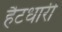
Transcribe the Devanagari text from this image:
हैटधारी